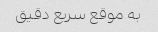
به موقع سریع دقیق